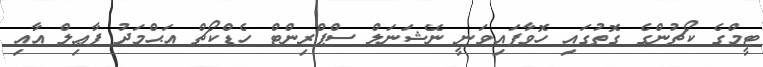
ޓީމްގެ ކޯޗުންގެ ގޮތުގައި ހޮވާފައިވަނީ ނޭޝަނަލް ސްޕްރިންޓް ހެޑްކޯޗް އަޙްމަދު ފާޢިލް އާއި